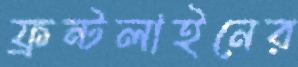
ফ্রন্টলাইনের